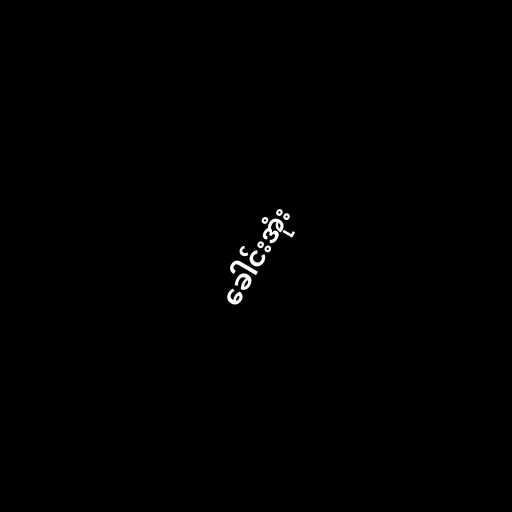
ခေါင်းအုံး